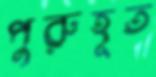
পুরুহূত